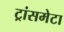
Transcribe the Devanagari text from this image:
ट्रांसमेटा